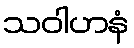
သဝါဟနံ